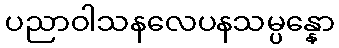
ပညာဝါသနလေပနသမ္ပန္နော